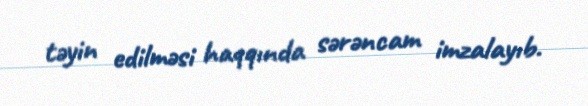
təyin edilməsi haqqında sərəncam imzalayıb.